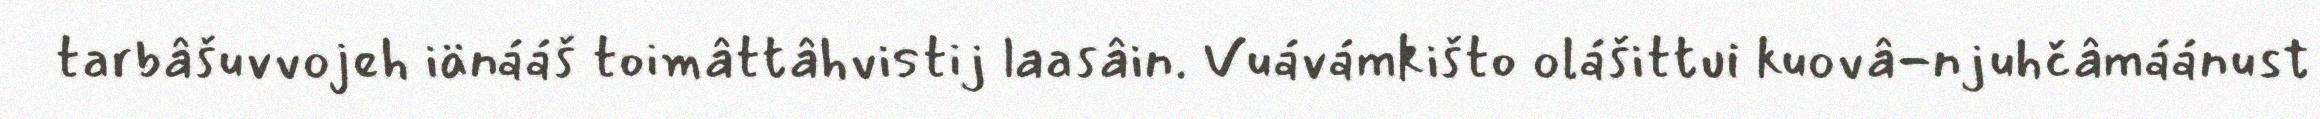
tarbâšuvvojeh iänááš toimâttâhvistij laasâin. Vuávámkišto olášittui kuovâ-njuhčâmáánust